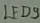
Text: LED9